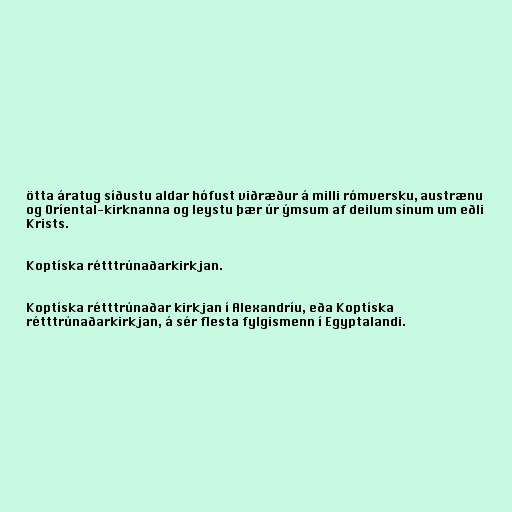
ötta áratug síðustu aldar hófust viðræður á milli rómversku, austrænu
og Oríental-kirknanna og leystu þær úr ýmsum af deilum sínum um eðli
Krists.

Koptíska rétttrúnaðarkirkjan.

Koptíska rétttrúnaðar kirkjan í Alexandríu, eða Koptíska
rétttrúnaðarkirkjan, á sér flesta fylgismenn í Egyptalandi.